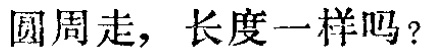
圆周走，长度一样吗？